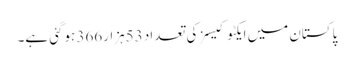
پاکستان میں ایکٹوکیسز کی تعداد 53ہزار366 ہوگئی ہے۔